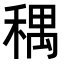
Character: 𫀽